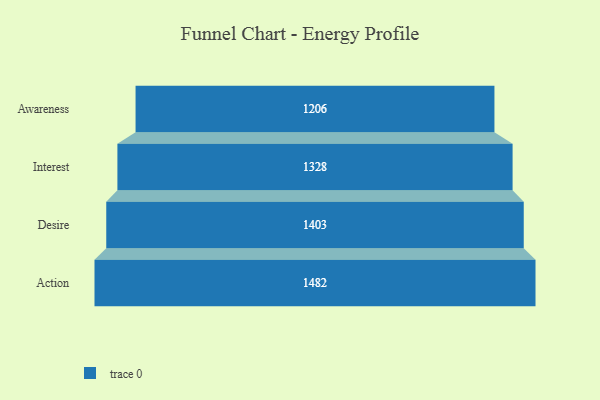
{"axis": {"x": "Stage", "y": "Value"}, "legend": [""], "data": [{"x": "Awareness", "y": 1206.0, "type": ""}, {"x": "Interest", "y": 1328.0, "type": ""}, {"x": "Desire", "y": 1403.0, "type": ""}, {"x": "Action", "y": 1482.0, "type": ""}]}